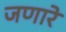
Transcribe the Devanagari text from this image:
जणारे